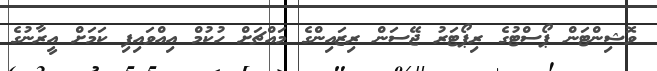
ވޮޝިންޓަން ޕޯސްޓުގެ ރިޕޯޓަރު ޖޭސަން ރިޒައިންގެ މައްޗަށް ހުކުމް އިއްވައިފި ކަމަށް އީރާނުގެ